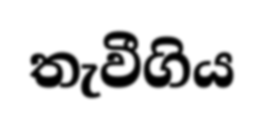
තැවීගිය